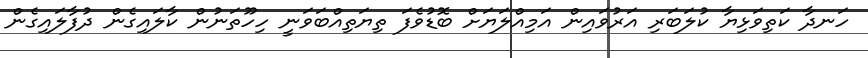
ހަނދާ ކަތިވަޅިޔާ ކުލަބަރި އަރުވައިން އަމިއްލަޔަށް ބޮޑުވެފަ ތިޔަތިއްބަވަނީ ހިހޫތަނުން ކާލައިގެން ދުފާލައިގެން